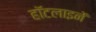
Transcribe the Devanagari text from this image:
हॉटलाइनें